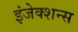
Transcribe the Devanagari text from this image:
इंजेक्शन्स